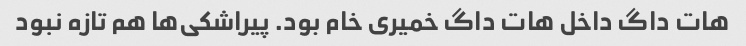
هات داگ داخل هات داگ خمیری خام بود. پیراشکی‌ها هم تازه نبود